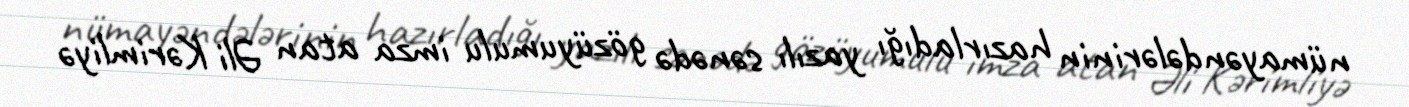
nümayəndələrinin hazırladığı yazılı sənədə gözüyumulu imza atan Əli Kərimliyə